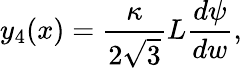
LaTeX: y_{4}(x)=\frac{\kappa}{2\sqrt{3}}L\frac{d\psi}{dw},